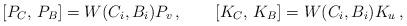
LaTeX: \begin{align*}{}[P_{C},\,P_{B}]=W(C_i,B_i)P_v\,,\qquad[K_{C},\,K_{B}]=W(C_i,B_i)K_u\,,\end{align*}